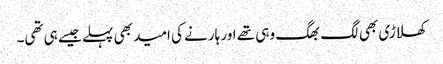
کھلاڑی بھی لگ بھگ وہی تھے اور ہارنے کی امید بھی پہلے جیسے ہی تھی۔